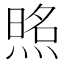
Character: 𰟈